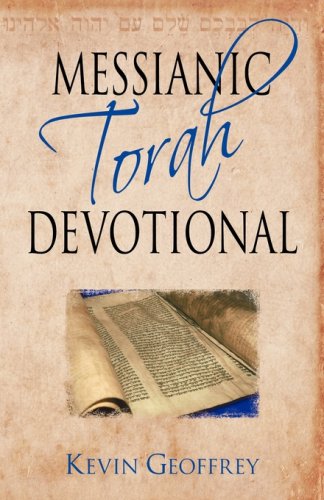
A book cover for Messianic Torah Devotional: Messianic Jewish Devotionals for the Five Books of Moses; Kevin Geoffrey; Christian Books & Bibles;